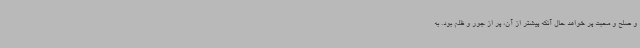
و صلح و محبت پر خواهد حال آنکه پیشتر از آن، پر از جور و ظلم بود. به